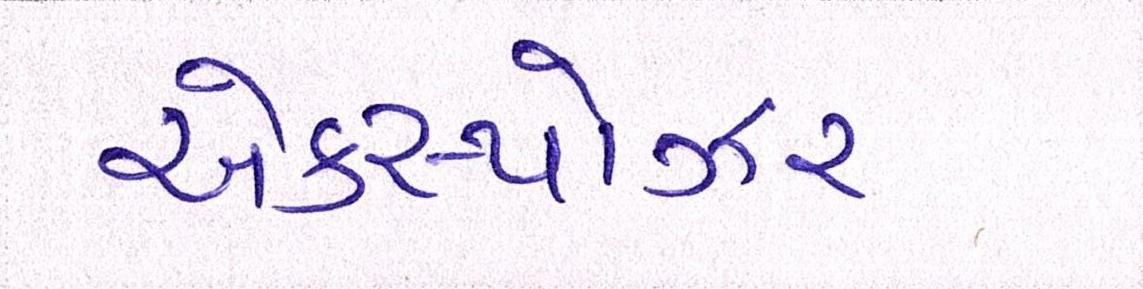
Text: એક્સ્પોઝર